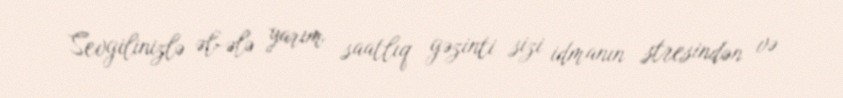
Sevgilinizlə əl-ələ yarım saatlıq gəzinti sizi idmanın stresindən və